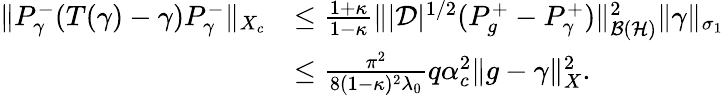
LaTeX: \begin{array}{rl}{\| P_{\gamma}^{-}(T(\gamma)-\gamma)P_{\gamma}^{-}\| _{X_{c}}}&{\leq\frac{1+\kappa}{1-\kappa}\| |\mathcal D|^{1/2}(P_{g}^{+}-P_{\gamma}^{+})\| _{\mathcal{B}(\mathcal{H})}^{2}\| \gamma\| _{\sigma_{1}}}\\ &{\leq\frac{\pi^{2}}{8(1-\kappa)^{2}\lambda_{0}}q\alpha_{c}^{2}\| g-\gamma\| _{X}^{2}.}\end{array}